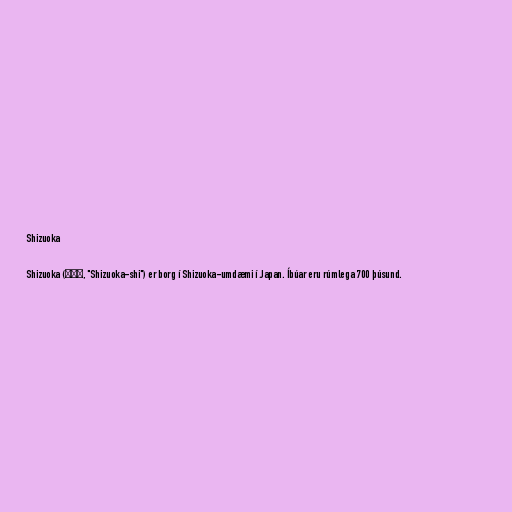
Shizuoka

Shizuoka (静岡市, "Shizuoka-shi") er borg í Shizuoka-umdæmi í Japan. Íbúar eru rúmlega 700 þúsund.